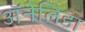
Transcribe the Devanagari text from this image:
ॲनेलिडा